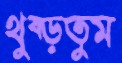
থুব্‌ড়তুম